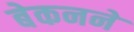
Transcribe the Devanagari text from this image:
बेकनने